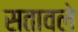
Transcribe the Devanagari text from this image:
सतावले